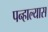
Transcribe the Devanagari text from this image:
पन्हाल्यास